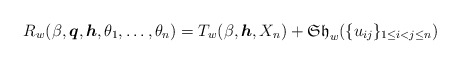
\begin{gather*}R_w(\beta,{\boldsymbol{q}},{\boldsymbol{h}},\theta_1,\ldots,\theta_n)=T_w(\beta,{\boldsymbol{h}},X_n) + \mathfrak{Sh}_w(\{u_{ij}\}_{1 \le i <j \le n})\end{gather*}